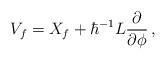
LaTeX: \begin{align*} V_f=X_f+\hbar^{-1} L\frac{\partial}{\partial\phi}\, ,\end{align*}